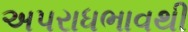
અપરાધભાવથી